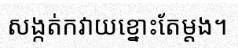
សង្កត់កវាយខ្នោះតែម្តង។